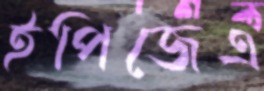
ইপিজেএ